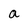
Character: a